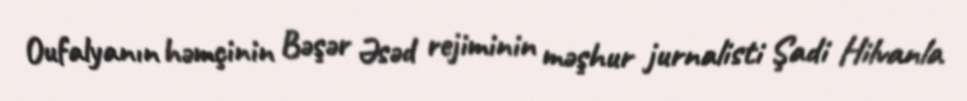
Oufalyanın həmçinin Bəşər Əsəd rejiminin məşhur jurnalisti Şadi Hilvanla